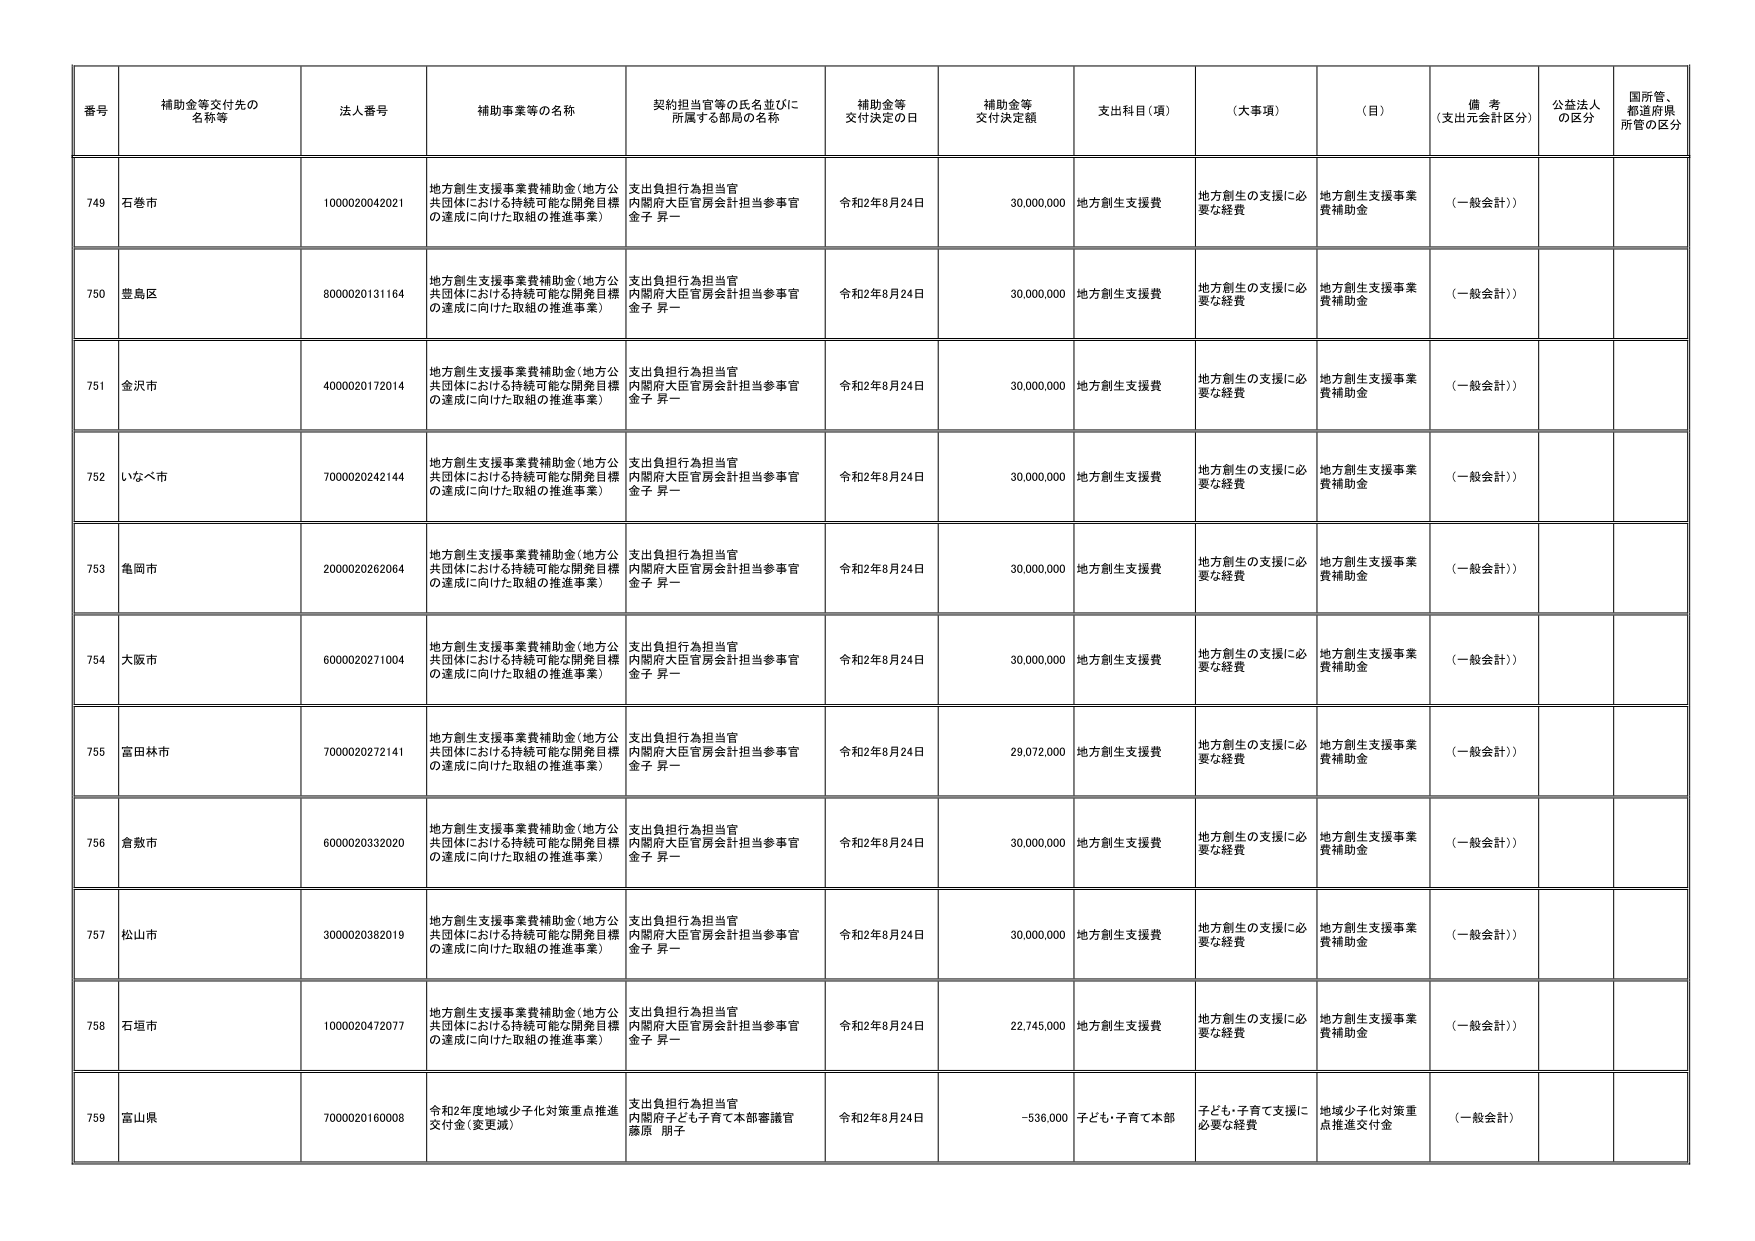
番号 補助金等交付先の名称等 法人番号 補助事業等の名称 契約担当官等の氏名並びに所属する部局の名称 補助金等交付決定の日 補助金等交付決定額 支出科目（項） （大事項） （目） 備考（支出元会計区分） 公益法人の区分 国所管、都道府県所管の区分

749 石巻市 1000020042021 地方創生支援事業費補助金（地方公共団体における持続可能な開発目標の達成に向けた取組の推進事業） 支出負担行為担当官 内閣府大臣官房会計担当参事官 金子 昇一 令和2年8月24日 30,000,000 地方創生支援費 地方創生の支援に必要な経費 地方創生支援事業費補助金 （一般会計））

750 豊島区 8000020131164 地方創生支援事業費補助金（地方公共団体における持続可能な開発目標の達成に向けた取組の推進事業） 支出負担行為担当官 内閣府大臣官房会計担当参事官 金子 昇一 令和2年8月24日 30,000,000 地方創生支援費 地方創生の支援に必要な経費 地方創生支援事業費補助金 （一般会計））

751 金沢市 4000020172014 地方創生支援事業費補助金（地方公共団体における持続可能な開発目標の達成に向けた取組の推進事業） 支出負担行為担当官 内閣府大臣官房会計担当参事官 金子 昇一 令和2年8月24日 30,000,000 地方創生支援費 地方創生の支援に必要な経費 地方創生支援事業費補助金 （一般会計））

752 いなべ市 7000020242144 地方創生支援事業費補助金（地方公共団体における持続可能な開発目標の達成に向けた取組の推進事業） 支出負担行為担当官 内閣府大臣官房会計担当参事官 金子 昇一 令和2年8月24日 30,000,000 地方創生支援費 地方創生の支援に必要な経費 地方創生支援事業費補助金 （一般会計））

753 亀岡市 2000020262064 地方創生支援事業費補助金（地方公共団体における持続可能な開発目標の達成に向けた取組の推進事業） 支出負担行為担当官 内閣府大臣官房会計担当参事官 金子 昇一 令和2年8月24日 30,000,000 地方創生支援費 地方創生の支援に必要な経費 地方創生支援事業費補助金 （一般会計））

754 大阪市 6000020271004 地方創生支援事業費補助金（地方公共団体における持続可能な開発目標の達成に向けた取組の推進事業） 支出負担行為担当官 内閣府大臣官房会計担当参事官 金子 昇一 令和2年8月24日 30,000,000 地方創生支援費 地方創生の支援に必要な経費 地方創生支援事業費補助金 （一般会計））

755 富田林市 7000020272141 地方創生支援事業費補助金（地方公共団体における持続可能な開発目標の達成に向けた取組の推進事業） 支出負担行為担当官 内閣府大臣官房会計担当参事官 金子 昇一 令和2年8月24日 29,072,000 地方創生支援費 地方創生の支援に必要な経費 地方創生支援事業費補助金 （一般会計））

756 倉敷市 6000020332020 地方創生支援事業費補助金（地方公共団体における持続可能な開発目標の達成に向けた取組の推進事業） 支出負担行為担当官 内閣府大臣官房会計担当参事官 金子 昇一 令和2年8月24日 30,000,000 地方創生支援費 地方創生の支援に必要な経費 地方創生支援事業費補助金 （一般会計））

757 松山市 3000020382019 地方創生支援事業費補助金（地方公共団体における持続可能な開発目標の達成に向けた取組の推進事業） 支出負担行為担当官 内閣府大臣官房会計担当参事官 金子 昇一 令和2年8月24日 30,000,000 地方創生支援費 地方創生の支援に必要な経費 地方創生支援事業費補助金 （一般会計））

758 石垣市 1000020472077 地方創生支援事業費補助金（地方公共団体における持続可能な開発目標の達成に向けた取組の推進事業） 支出負担行為担当官 内閣府大臣官房会計担当参事官 金子 昇一 令和2年8月24日 22,745,000 地方創生支援費 地方創生の支援に必要な経費 地方創生支援事業費補助金 （一般会計））

759 富山県 7000020160008 令和2年度地域少子化対策重点推進交付金（変更減） 支出負担行為担当官 内閣府子ども子育て本部審議官 藤原 朋子 令和2年8月24日 -536,000 子ども・子育て本部 子ども・子育て支援に必要な経費 地域少子化対策重点推進交付金 （一般会計）